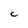
Character: C